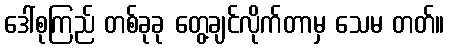
ဒေါ်စုကြည် တစ်ခုခု တွေ့ချင်လိုက်တာမှ သေမ တတ်။